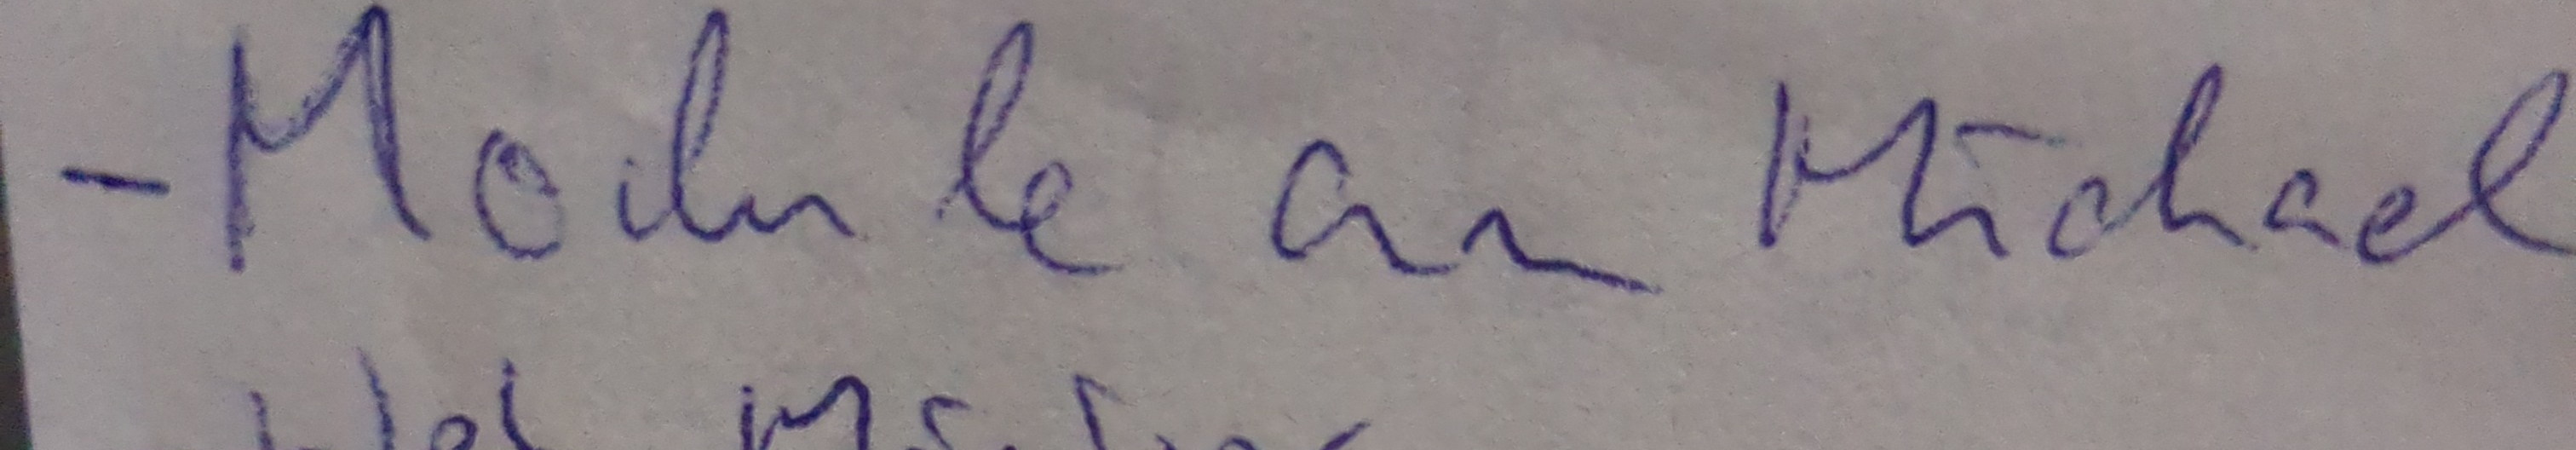
- Module an Michael